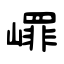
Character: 嶵